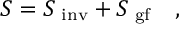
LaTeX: S = S _ { \mathrm { \small ~ i n v } } + S _ { \mathrm { \small ~ g f } } \quad ,